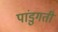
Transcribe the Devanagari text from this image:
पांडुगती